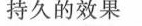
持久的效果